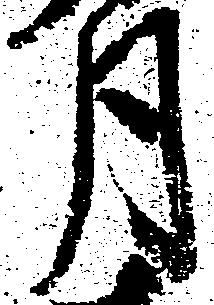
月